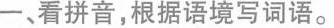
一、看拼音，根据语境写词语。